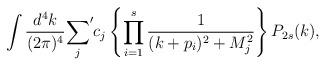
LaTeX: \begin{align*}\int{d^4k\over (2\pi)^4}{\sum_j}^\prime c_j \left\{\prod_{i=1}^s{1\over(k+p_i)^2+M_j^2}\right\}P_{2s}(k),\end{align*}